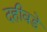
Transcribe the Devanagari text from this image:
दहीवडे